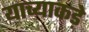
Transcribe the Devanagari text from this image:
याच्याकड़े